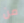
من